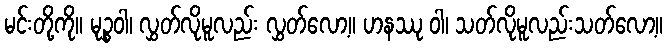
မင်းတို့ကို။ မုဉ္စဝါ၊ လွှတ်လိုမူလည်း လွှတ်လော့။ ဟနဿု ဝါ၊ သတ်လိုမူလည်းသတ်လော့။